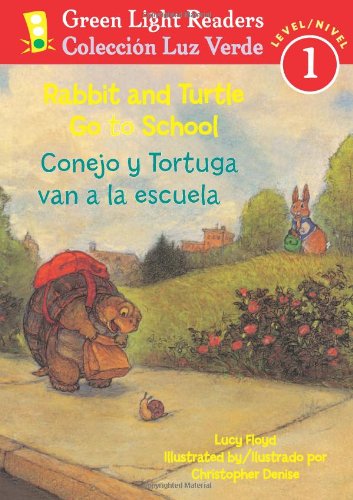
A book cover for Rabbit and Turtle Go To School/Conejo y tortuga van a la escuela (Green Light Readers Level 1) (Spanish and English Edition); Lucy Floyd; Children's Books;